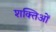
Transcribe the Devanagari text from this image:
शक्तिओं